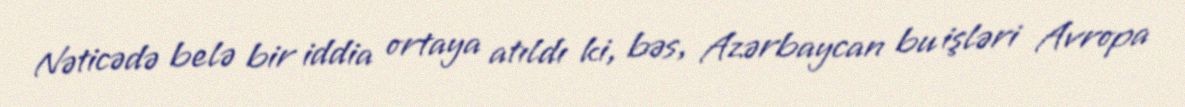
Nəticədə belə bir iddia ortaya atıldı ki, bəs, Azərbaycan bu işləri Avropa